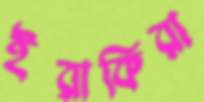
ইরাকিরা